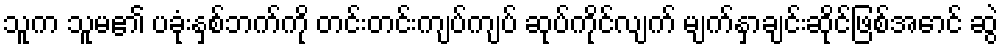
သူက သူမ၏ ပခုံးနှစ်ဘက်ကို တင်းတင်းကျပ်ကျပ် ဆုပ်ကိုင်လျက် မျက်နှာချင်းဆိုင်ဖြစ်အောင် ဆွဲ